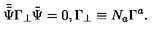
\bar { \tilde { \Psi } } \Gamma _ { \bot } \tilde { \Psi } = 0 , \Gamma _ { \bot } \equiv N _ { a } \Gamma ^ { a } .